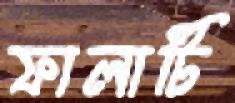
ফালাটি